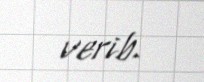
verib.